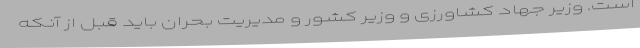
است. وزیر جهاد کشاورزی و وزیر کشور و مدیریت بحران باید قبل از آنکه